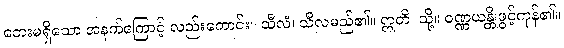
ဘေးမရှိသော အနက်ကြောင့် လည်းကောင်း။ သီလံ၊ သီလမည်၏။ ဣတိ၊ သို့။ ဝဏ္ဏယန္တိ၊ဖွင့်ကုန်၏။